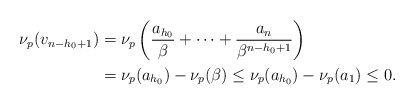
\begin{align*}\nu_p(v_{n-h_0+1})&=\nu_p\left(\frac{a_{h_0}}{\beta}+\cdots+\frac{a_n}{\beta^{n-h_0+1}}\right)\\&=\nu_p(a_{h_0})-\nu_p(\beta)\leq\nu_p(a_{h_0})-\nu_p(a_1)\leq0.\end{align*}